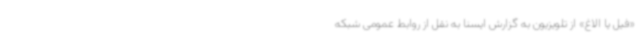
«فیل یا الاغ» از تلویزیون به گزارش ایسنا به نقل از روابط عمومی شبکه